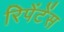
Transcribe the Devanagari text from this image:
रिपेंटेंस